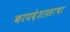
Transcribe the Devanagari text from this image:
कायदेशास्त्राचा